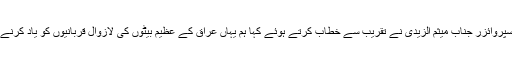
العباس عسکری سکواڈ کے سپروائزر جناب میثم الزیدی نے تقریب سے خطاب کرتے ہوئے کہا ہم یہاں عراق کے عظیم بیٹوں کی لازوال قربانیوں کو یاد کرنے کے لیے اکٹھے ہوئے ہیں ۔